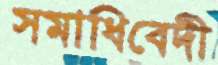
সমাধিবেদী